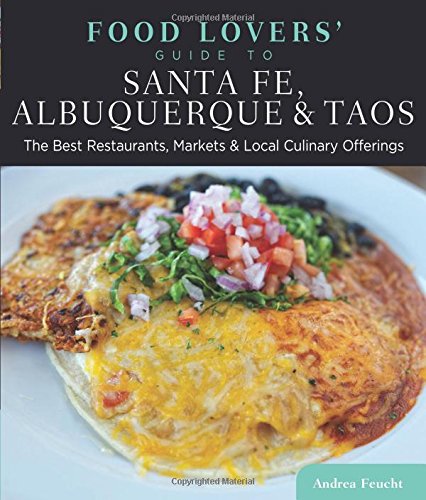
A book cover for Food Lovers' Guide toÂ® Santa Fe, Albuquerque & Taos: The Best Restaurants, Markets & Local Culinary Offerings (Food Lovers' Series); Andrea Dr Feucht; Travel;